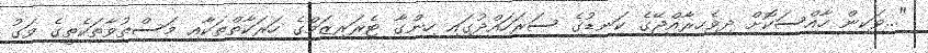
"...ވަކިން ހާއްސަކޮށް ދިވެހިރާއްޖޭގެ ކަނޑުގެ ސަރަހައްދުގައި ހިންގާ ޓެރަރިޒަމްގެ ހަރަކާތްތަކާއި މަސްތުވާތަކެތީގެ ވަގު